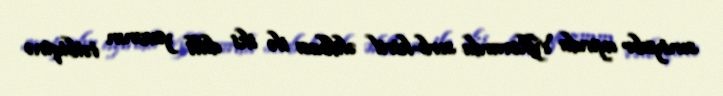
sentyabr ayında Vykovarda serb-kiril əlifbası ilə iki dilli yazının tətbiqinə